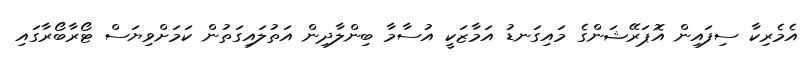
އެމެރިކާ ސިފައިން އޮޕަރޭޝަންގެ މައިގަނޑު އަމާޒަކީ އުސާމާ ބިންލާދިން އަތުލައިގަތުން ކަމަށްވިޔަސް ޓޯރާބޯރާގައި